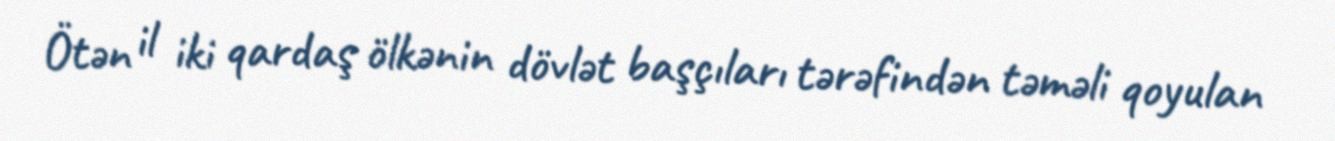
Ötən il iki qardaş ölkənin dövlət başçıları tərəfindən təməli qoyulan